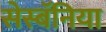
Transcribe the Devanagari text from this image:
सेस्बॅनिया